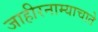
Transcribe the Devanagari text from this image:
जाहीरनाम्याचाते